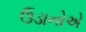
ઉડાનોએ